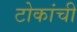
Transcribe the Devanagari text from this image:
टोकांची